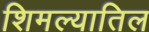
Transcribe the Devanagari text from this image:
शिमल्यातिल